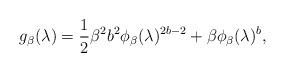
LaTeX: \begin{align*} g_\beta(\lambda)= \frac 12 \beta^2 b^2 \phi_\beta(\lambda)^{2b-2} + \beta \phi_\beta(\lambda)^b,\end{align*}